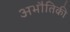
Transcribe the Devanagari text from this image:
अभौतिकी